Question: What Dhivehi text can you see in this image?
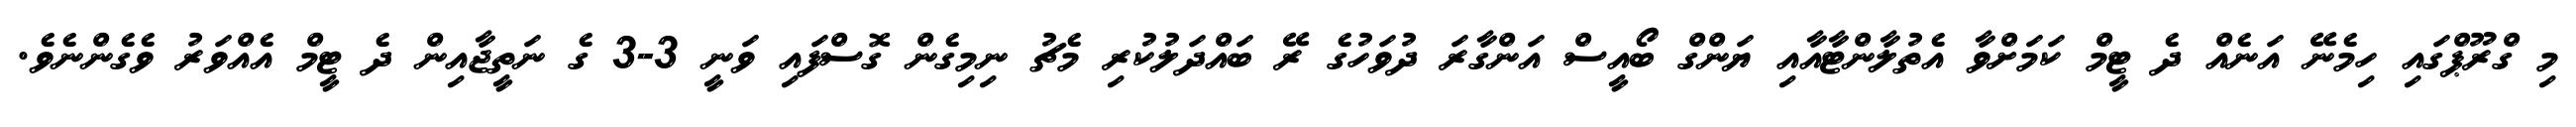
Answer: މި ގްރޫޕްގައި ހިމެނޭ އަނެއް ދެ ޓީމް ކަމަށްވާ އެތުލާންޓާއާއި ޔަންގް ބޯއީސް އަންގާރަ ދުވަހުގެ ރޭ ބައްދަލުކުރި މެޗު ނިމިގެން ގޮސްފައި ވަނީ 3-3 ގެ ނަތީޖާއިން ދެ ޓީމް އެއްވަރު ވެގެންނެވެ.